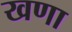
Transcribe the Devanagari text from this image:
खणा